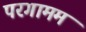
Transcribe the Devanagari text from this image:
परगामम